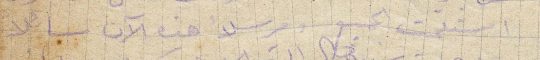
استلمت الجميع ومرسلًا هذه الآن سائلًا